Civil Veterinary Department Bengal reports 1933-51 - 1933-1951
Year: 1933
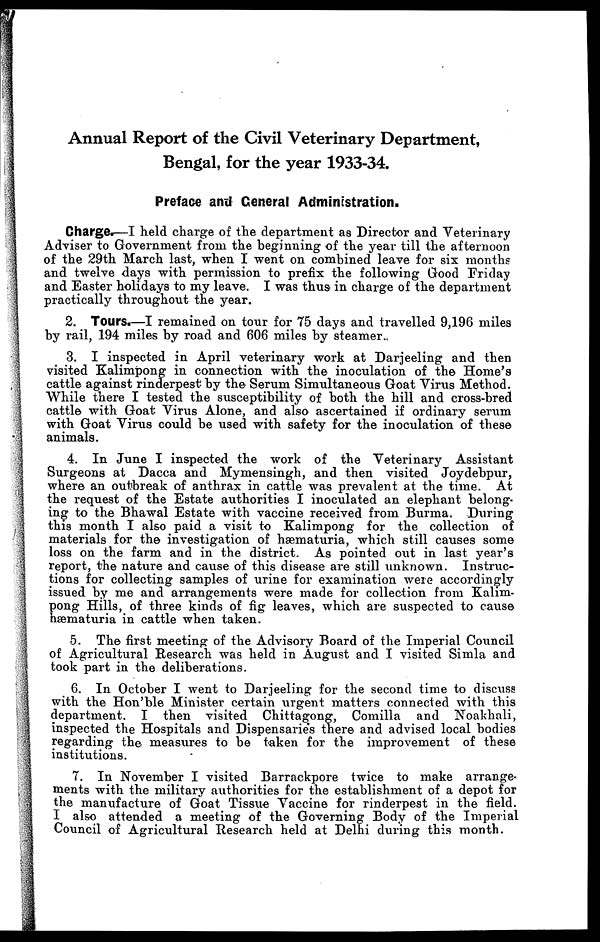
Annual Report of the Civil Veterinary Department,
Bengal, for the year 1933-34.
Preface and General Administration.
Charge.—I held charge of the department as Director and Veterinary
Adviser to Government from the beginning of the year till the afternoon
of the 29th March last, when I went on combined leave for six months
and twelve days with permission to prefix the following Good Friday
and Easter holidays to my leave. I was thus in charge of the department
practically throughout the year.
2. Tours.—I remained on tour for 75 days and travelled 9,196 miles
by rail, 194 miles by road and 606 miles by steamer.
3. I inspected in April veterinary work at Darjeeling and then
visited Kalimpong in connection with the inoculation of the Home's
cattle against rinderpest by the Serum Simultaneous Goat Virus Method.
While there I tested the susceptibility of both the hill and cross-bred
cattle with Goat Virus Alone, and also ascertained if ordinary serum
with Goat Virus could be used with safety for the inoculation of these
animals.
4. In June I inspected the work of the Veterinary Assistant
Surgeons at Dacca and Mymensingh, and then visited Joydebpur,
where an outbreak of anthrax in cattle was prevalent at the time. At
the request of the Estate authorities I inoculated an elephant belong-
ing to the Bhawal Estate with vaccine received from Burma. During
this month I also paid a visit to Kalimpong for the collection of
materials for the investigation of hæmaturia, which still causes some
loss on the farm and in the district. As pointed out in last year's
report, the nature and cause of this disease are still unknown. Instruc-
tions for collecting samples of urine for examination were accordingly
issued by me and arrangements were made for collection from Kalim-
pong Hills, of three kinds of fig leaves, which are suspected to cause
hæmaturia in cattle when taken.
5. The first meeting of the Advisory Board of the Imperial Council
of Agricultural Research was held in August and I visited Simla and
took part in the deliberations.
6. In October I went to Darjeeling for the second time to discuss
with the Hon'ble Minister certain urgent matters connected with this
department. I then visited Chittagong, Comilla and Noakhali,
inspected the Hospitals and Dispensaries there and advised local bodies
regarding the measures to be taken for the improvement of these
institutions.
7. In November I visited Barrackpore twice to make arrange-
ments with the military authorities for the establishment of a depot for
the manufacture of Goat Tissue Vaccine for rinderpest in the field.
I also attended a meeting of the Governing Body of the Imperial
Council of Agricultural Research held at Delhi during this month.